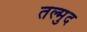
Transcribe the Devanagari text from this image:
तल्मुद